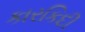
કારકિદી